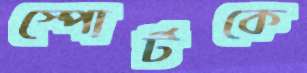
স্পোর্টকে